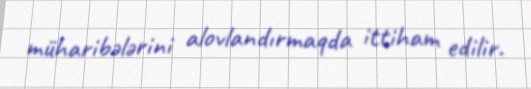
müharibələrini alovlandırmaqda ittiham edilir.